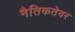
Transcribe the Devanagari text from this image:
नैतिकतेवर